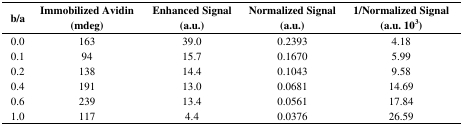
<table><thead><tr><td><b>b/a</b></td><td><b>Immobilized Avidin(mdeg)</b></td><td><b>Enhanced Signal(a.u.)</b></td><td><b>Normalized Signal(a.u.)</b></td><td><b>1/Normalized Signal(a.u. 10<sup>3</sup>)</b></td></tr></thead><tbody><tr><td>0.0</td><td>163</td><td>39.0</td><td>0.2393</td><td>4.18</td></tr><tr><td>0.1</td><td>94</td><td>15.7</td><td>0.1670</td><td>5.99</td></tr><tr><td>0.2</td><td>138</td><td>14.4</td><td>0.1043</td><td>9.58</td></tr><tr><td>0.4</td><td>191</td><td>13.0</td><td>0.0681</td><td>14.69</td></tr><tr><td>0.6</td><td>239</td><td>13.4</td><td>0.0561</td><td>17.84</td></tr><tr><td>1.0</td><td>117</td><td>4.4</td><td>0.0376</td><td>26.59</td></tr></tbody></table>